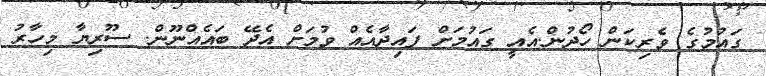
ގައުމުގެ ވެރިކަން ހޯދުން.އެއީ ގައުމަށް ފައިދާއެއް ވުމަށް އެދޭ ބައެއްނޫން. ސޫރިޔާ މިހާރު